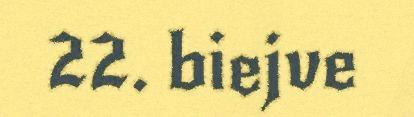
22. biejve